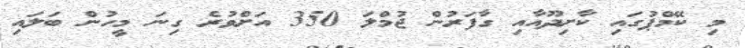
މި ކޭމްޕުގައި ކާށިދޫއާއި ގާފަރުން ޖުމްލަ 350 އަށްވުރެ ގިނަ މީހުން ބަލައި